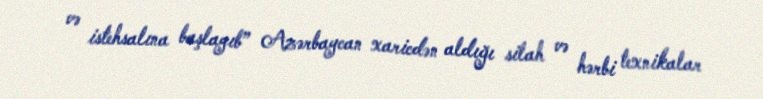
və istehsalına başlayıb” Azərbaycan xaricdən aldığı silah və hərbi texnikalar